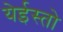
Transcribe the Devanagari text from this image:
येईस्तो